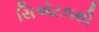
સિએટલથી